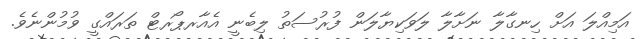
އަމިއްލަ އަށް ހިނގާލާ ނަށާލާ ލަވަކިޔާލަން ފުރުސަތު ލިބެނީ އެއާރޕޯރޓް ތަރައްގީ ވުމުންނެވެ.